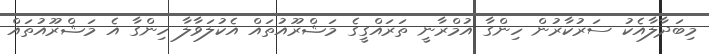
މިބަދާލާއެކު ސަރުކާރުން ހިންގާ އުމްރާނީ ތަރައްގީގެ މަޝްރޫއުތައް އެކުލަވާލާ ހިންގާ އެ މަޝްރޫއުތައް